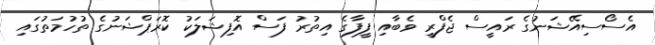
އެސޯސިއޭޝަނުގެ ރައީސް ޖެފްރީ ވެބާއި ފީފާގެ އިތުރު ފަސް އޮފިޝަލަކު ކޮރަޕްޝަނުގެ ތުހުމަތުގައި